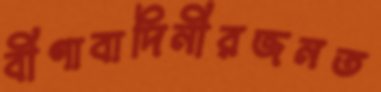
বীণাবাদিনীরজনত